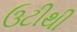
ઉટીથી